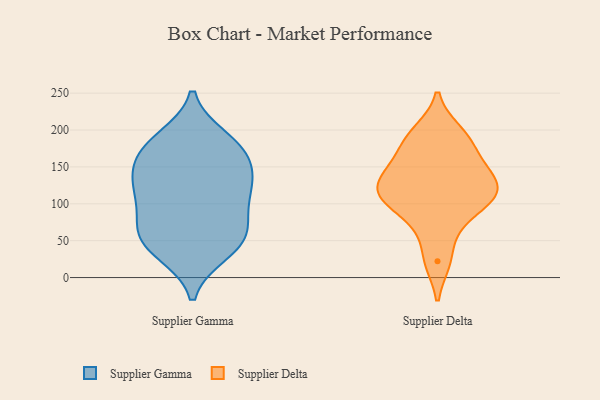
{"axis": {"x": "Conversion Rate (%)", "y": "Value"}, "legend": ["Supplier Delta", "Supplier Gamma"], "data": [{"x": "", "y": 167, "type": "Supplier Gamma"}, {"x": "", "y": 136, "type": "Supplier Gamma"}, {"x": "", "y": 48, "type": "Supplier Gamma"}, {"x": "", "y": 108, "type": "Supplier Gamma"}, {"x": "", "y": 185, "type": "Supplier Gamma"}, {"x": "", "y": 35, "type": "Supplier Gamma"}, {"x": "", "y": 80, "type": "Supplier Gamma"}, {"x": "", "y": 128, "type": "Supplier Gamma"}, {"x": "", "y": 57, "type": "Supplier Gamma"}, {"x": "", "y": 179, "type": "Supplier Gamma"}, {"x": "", "y": 146, "type": "Supplier Gamma"}, {"x": "", "y": 60, "type": "Supplier Gamma"}, {"x": "", "y": 159, "type": "Supplier Gamma"}, {"x": "", "y": 116, "type": "Supplier Gamma"}, {"x": "", "y": 111, "type": "Supplier Gamma"}, {"x": "", "y": 189, "type": "Supplier Gamma"}, {"x": "", "y": 33, "type": "Supplier Gamma"}, {"x": "", "y": 68, "type": "Supplier Gamma"}, {"x": "", "y": 68, "type": "Supplier Delta"}, {"x": "", "y": 105, "type": "Supplier Delta"}, {"x": "", "y": 140, "type": "Supplier Delta"}, {"x": "", "y": 104, "type": "Supplier Delta"}, {"x": "", "y": 123, "type": "Supplier Delta"}, {"x": "", "y": 198, "type": "Supplier Delta"}, {"x": "", "y": 185, "type": "Supplier Delta"}, {"x": "", "y": 165, "type": "Supplier Delta"}, {"x": "", "y": 110, "type": "Supplier Delta"}, {"x": "", "y": 22, "type": "Supplier Delta"}, {"x": "", "y": 138, "type": "Supplier Delta"}]}